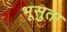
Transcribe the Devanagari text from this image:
भूसुता